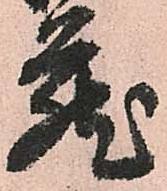
蔵